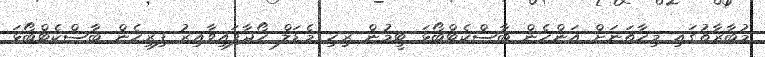
މުބާރާތުގައި މިހާތަނަށް އަންހެން ބާސްކެޓްބޯޅަ ޓީމުން ރިހި މެޑަލް ހޯދާފައިވާއިރު ފިރިހެން ބާސްކެޓްބޯޅަ